画像に写った文字を読んでください
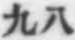
「九八」と書いてあります